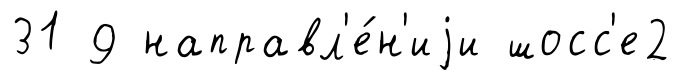
31 9 направл'е́н'иjи шосс'е2